Kiideva_(Sinalepa)_vallavalitsus, lk 41
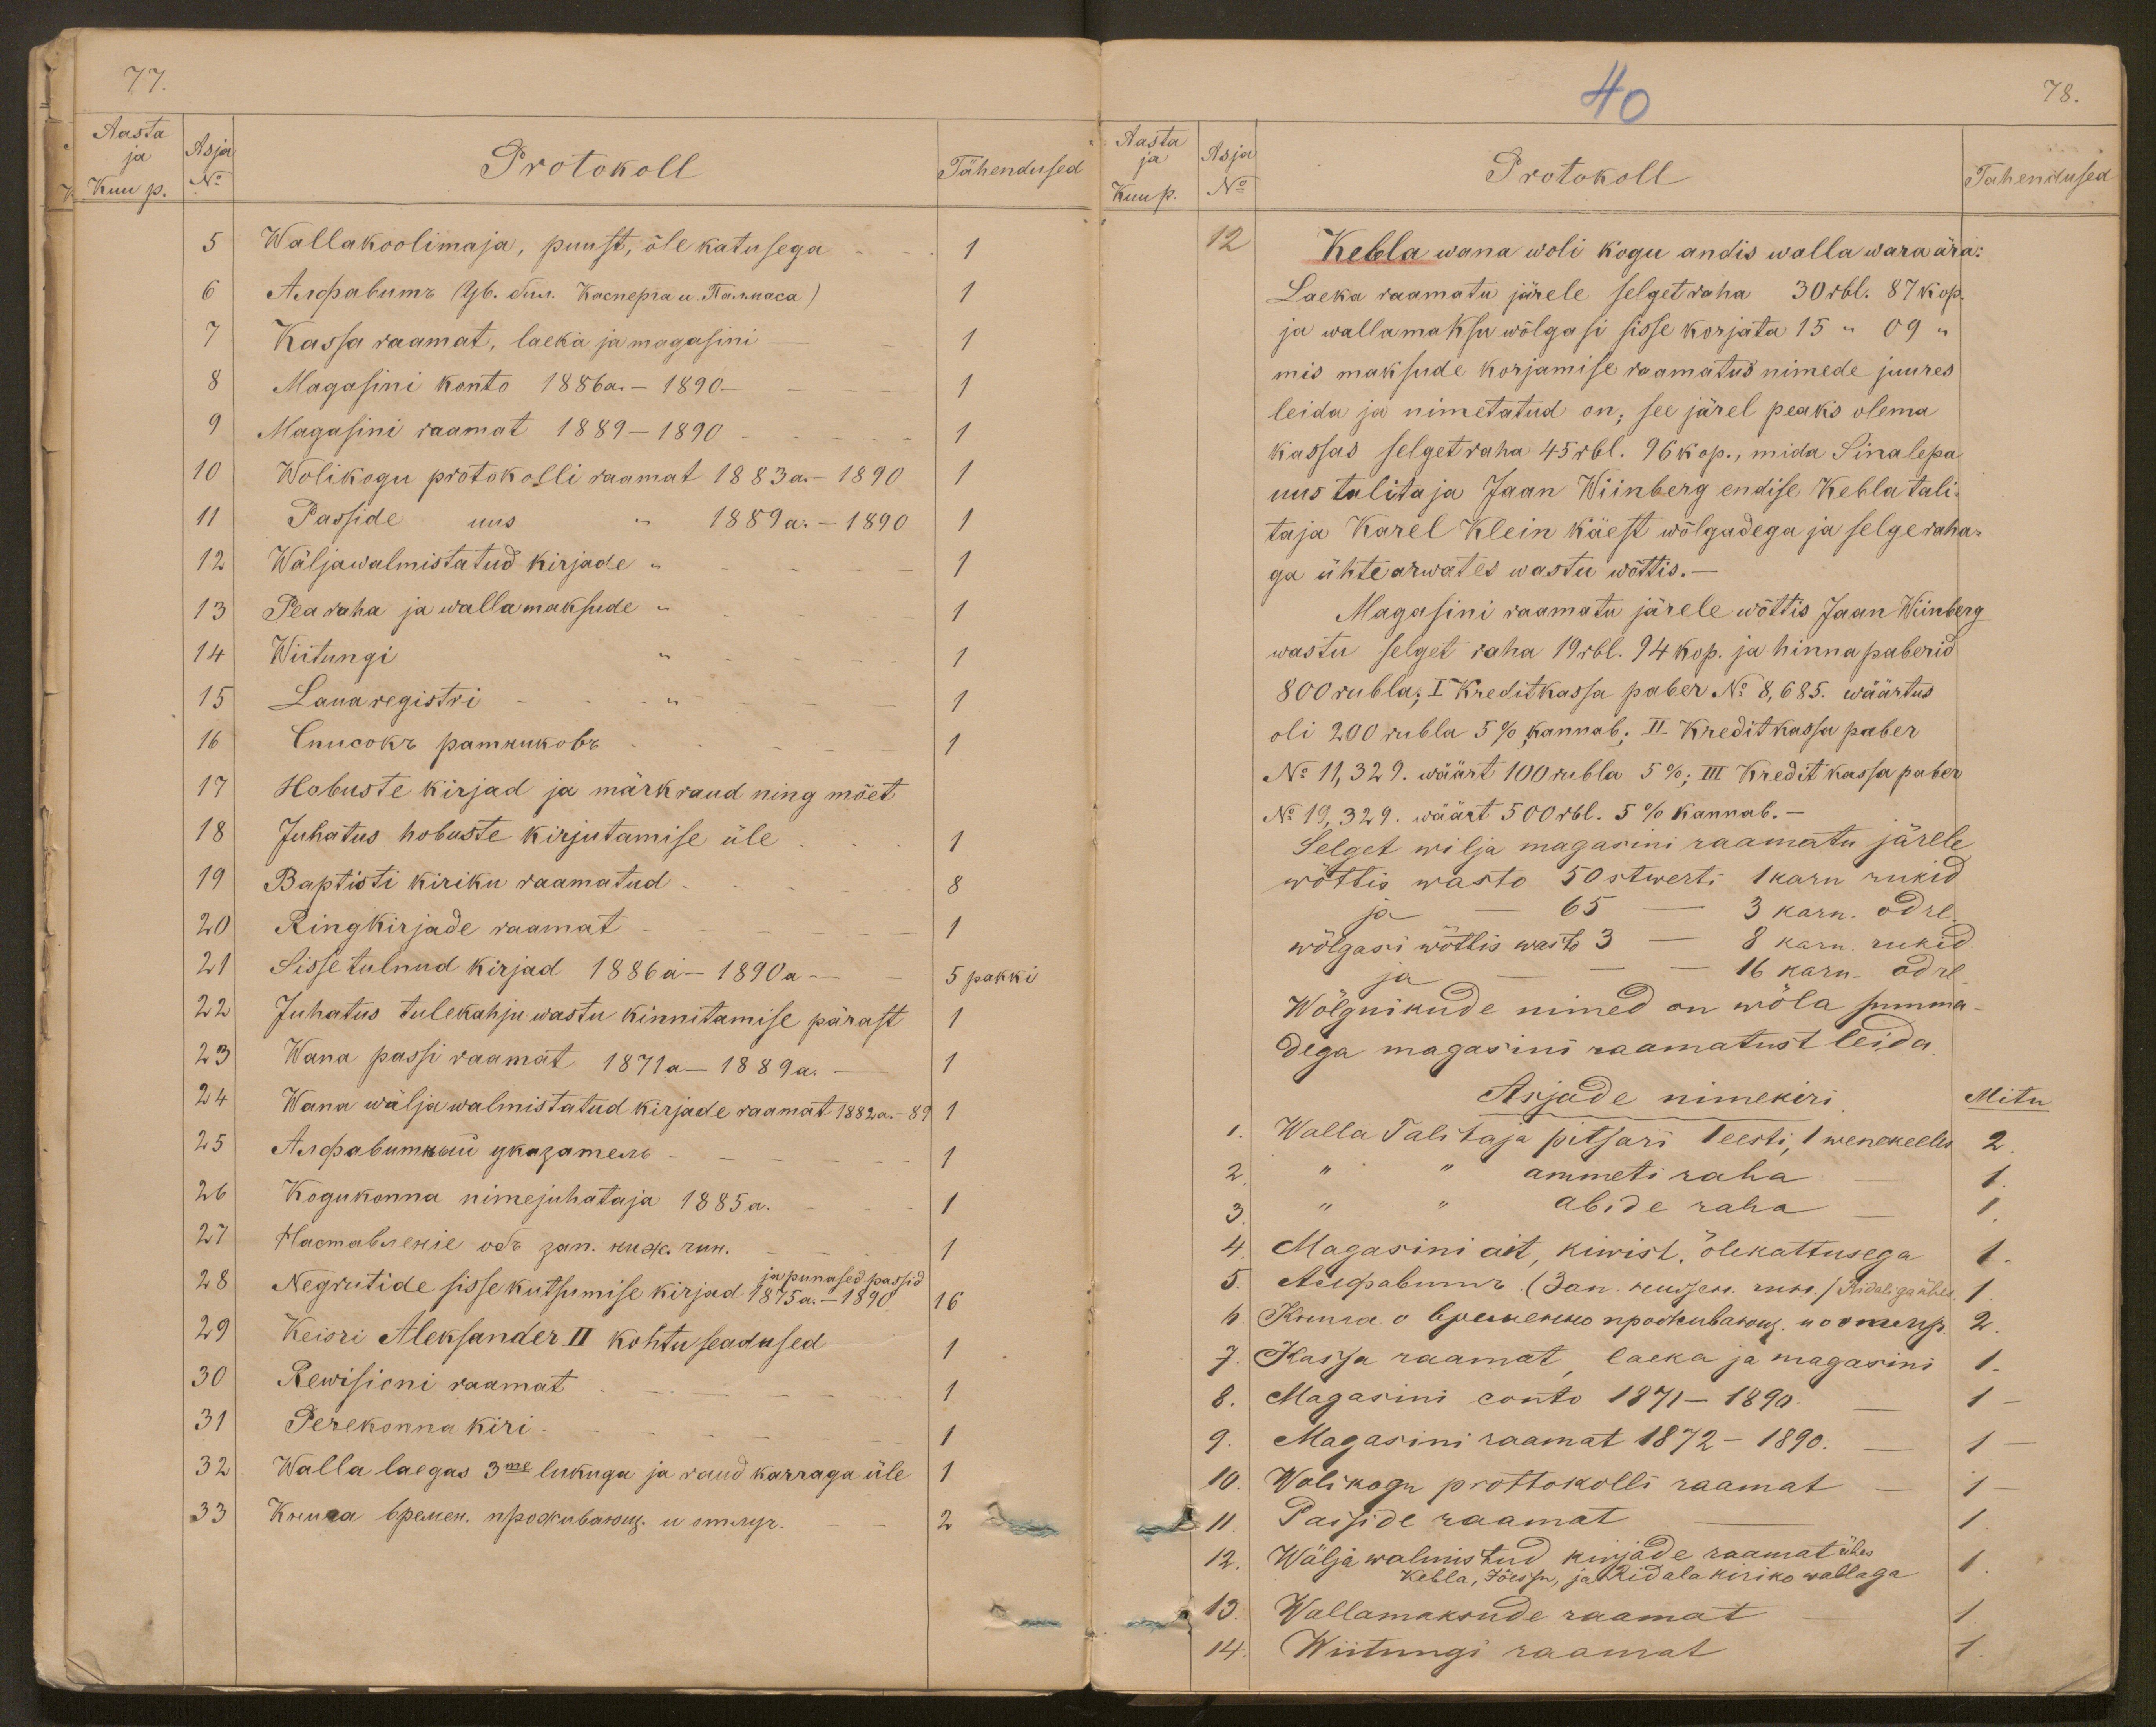
77.
Aasta
ja
Asja
Protokoll
Tähendused
Kuu p.
No
5 Wallakoolimaja, puust, õle katusega
1
1
7 Kassa raamat, laeka ja magasini-
1
8 Magasini konto 1886 a. - 1890-
1
9 Magasini raamat 1889-1890
1
10 Wolikogu protokolli raamat 1883 a. - 1890
1
11 Passide uus " 1889 a. - 1890
1
12. Wäljawalmistatud kirjade "
13 Pearaha ja wallamaksude "
1
1
14 Wiitungi
1
15 Lauaregistri
1
1
17 Hobuste kirjad ja märkraud ning mõet
18 Juhatus hobuste kirjutamise üle
1
19 Baptisti kiriku raamatud
8
20 Ringkirjade raamat
1
21 Sissetulnud kirjad 1886 a - 1890 a-
5 pakki
22 Juhatus tulekahju wastu kinnitamise pärast
1
23 Wana passi raamat 1871 a - 1889 a.
1
24 Wana wälja walmistatud kirjade raamat 1882 a. - 89
1
1
26 Kogukonna nimejuhataja 1885 a.
1
1
28 Negrutide sisse kutsumise kirjad 1875 a. - 1890
16
ja punased passid
29 Keisri Aleksander II kohtu seadused
30 Rewisioni raamat
1
1
31 Perekonna kiri -
1
32 Walla laegas 3me lukuga ja raud korraga üle
1

40
78.
Aasta
Asja
ja
No
Protokoll
Tahendused
Kuup.
12
Kebla wana woli kogu andis walla wara ära:
Laeka raamatu järele selget raha 30 rbl. 87 kop.
ja wallamaksu wõlgasi sisse korjata 15 " 09 "
mis maksude korjamise raamatus nimede juures
leida ja nimetatud on, see järel peaks olema
kassas selget raha 45 rbl. 96 kop., mida Sinalepa
uus talitaja Jaan Wiinberg endise Kebla tali-
taja Karel Klein käest wõlgadega ja selge raha-
ga ühtearwates wastu wõttis.
Magasini raamatu järele wõttis Jaan Wiinberg
wastu selget raha 19 rbl. 94 kop. ja hinna paberid
800 rubla; I Kreditkassa paber No 8,685. wäärtus
oli 200 rubla 5%, kannab; II Kreditkassa paber
No 11,329. wäärt 100 rubla 5%; III Kredit kassa paber
No 19,329. wäärt 500 rbl. 5% kannab.-
Selget wilja magasini raamatu järele
wõttis wasto 50 stwerti 1 karn rukid
ja - 65 - 3 karn. odre
wõlgasi wõttis wasto 3 - 8 karn. rukid
ja - - - 16 karn. odre
Wõlgnikude nimed on wõla summa-
dega magasini raamatust leida.
Asjade nimekiri
Mitu
1. Walla Talitaja pitsari 1 eesti 1 wenekeeles 2
2 " " ammetiraha - 1
3 " " abide raha 1
4. Magasini ait, kiwist, õlekattusega 1
5. Алуравипъ. (зан.нияскъ шело./ Ridaliga ühes 1
7. Kassa raamat laeka ja magasini 1
8. Magasini conto 1871 - 1890. - 1
9. Magasini raamat 1872 - 1890. - 1
10. Wolikogu protokolli raamat - 1
11. Passide raamat - 1
12 Wälja walmistud kirjade raamat ühes
Kebla, Jõessu, ja Riddala kiriko wallaga 1.
13. Wallamaksude raamat - 1.
14. Wiitungi raamat 1.